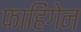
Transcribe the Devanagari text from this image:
फाहिंगेन